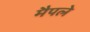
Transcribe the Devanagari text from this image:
मैपले